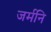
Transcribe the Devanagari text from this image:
जर्मनि